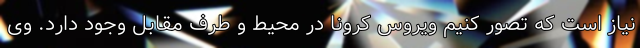
نیاز است که تصور کنیم ویروس کرونا در محیط و طرف مقابل وجود دارد. وی